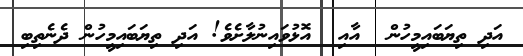
އަދި ތިޔަބައިމީހުން  އާއި  އޮޅުވައިނުލާށެވެ! އަދި ތިޔަބައިމީހުން ދެނެތިބި